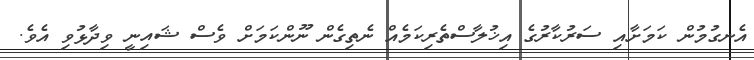
އެނގުމުން ކަމަށާއި ސަރުކާރުގެ އިޚުލާސްތެރިކަމެއް ނެތިގެން ނޫންކަމަށް ވެސް ޝައިނީ ވިދާޅުވި އެވެ.